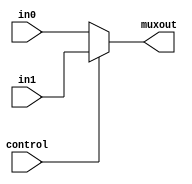
`timescale 1ns / 1ps
//////////////////////////////////////////////////////////////////////////////////
// Company: 
// Engineer: 
// 
// Design Name: 
// Module Name: Mux2_1
// Project Name: 
// Target Devices: 
// Tool Versions: 
// Description: 
// 
// Dependencies: 
// 
// Revision:
// Revision 0.01 - File Created
// Additional Comments:
// 
//////////////////////////////////////////////////////////////////////////////////


module Mux2_1 (
    input [31:0] in0,
    input [31:0] in1,
    input control,
    output [31:0] muxout
    );
    
    assign  muxout = (control == 0) ? in0 : in1;
endmodule